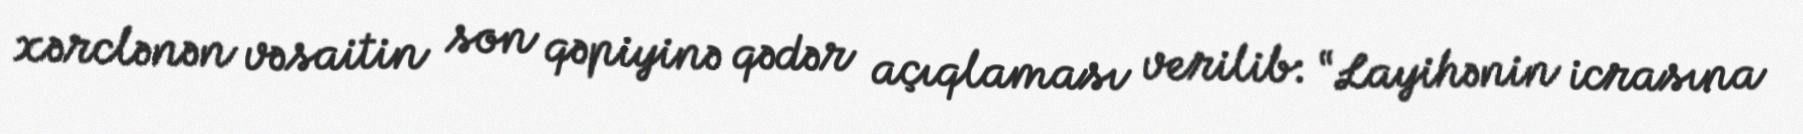
xərclənən vəsaitin son qəpiyinə qədər açıqlaması verilib: “Layihənin icrasına